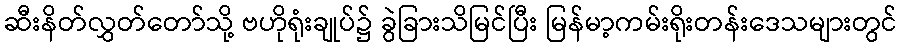
ဆီးနိတ်လွှတ်တော်သို့ ဗဟိုရုံးချုပ်၌ ခွဲခြားသိမြင်ပြီး မြန်မာ့ကမ်းရိုးတန်းဒေသများတွင်